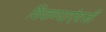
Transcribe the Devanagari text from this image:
शिकण्याऐवजी